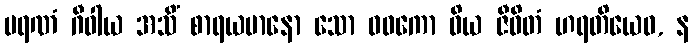
မရဏံ ဂီဝါယ အသိံ စာရယမာနော သော ဝဓကော ဝိယ ဇီဝိတံ ဟရတိယေဝ, န